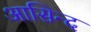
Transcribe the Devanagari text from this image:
आसिन्‍द